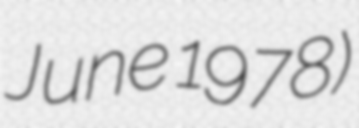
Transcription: June 1978)